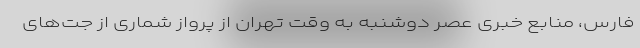
فارس، منابع خبری عصر دوشنبه به وقت تهران از پرواز شماری از جت‌های